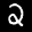
Label: 2